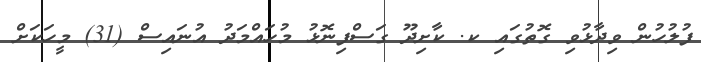
ފުލުހުން ވިދާޅުވި ގޮތުގައި ކ. ކާށިދޫ ގަސްފިނޮޅު މުހައްމަދު އުނައިސް (31) މީހަކަށް